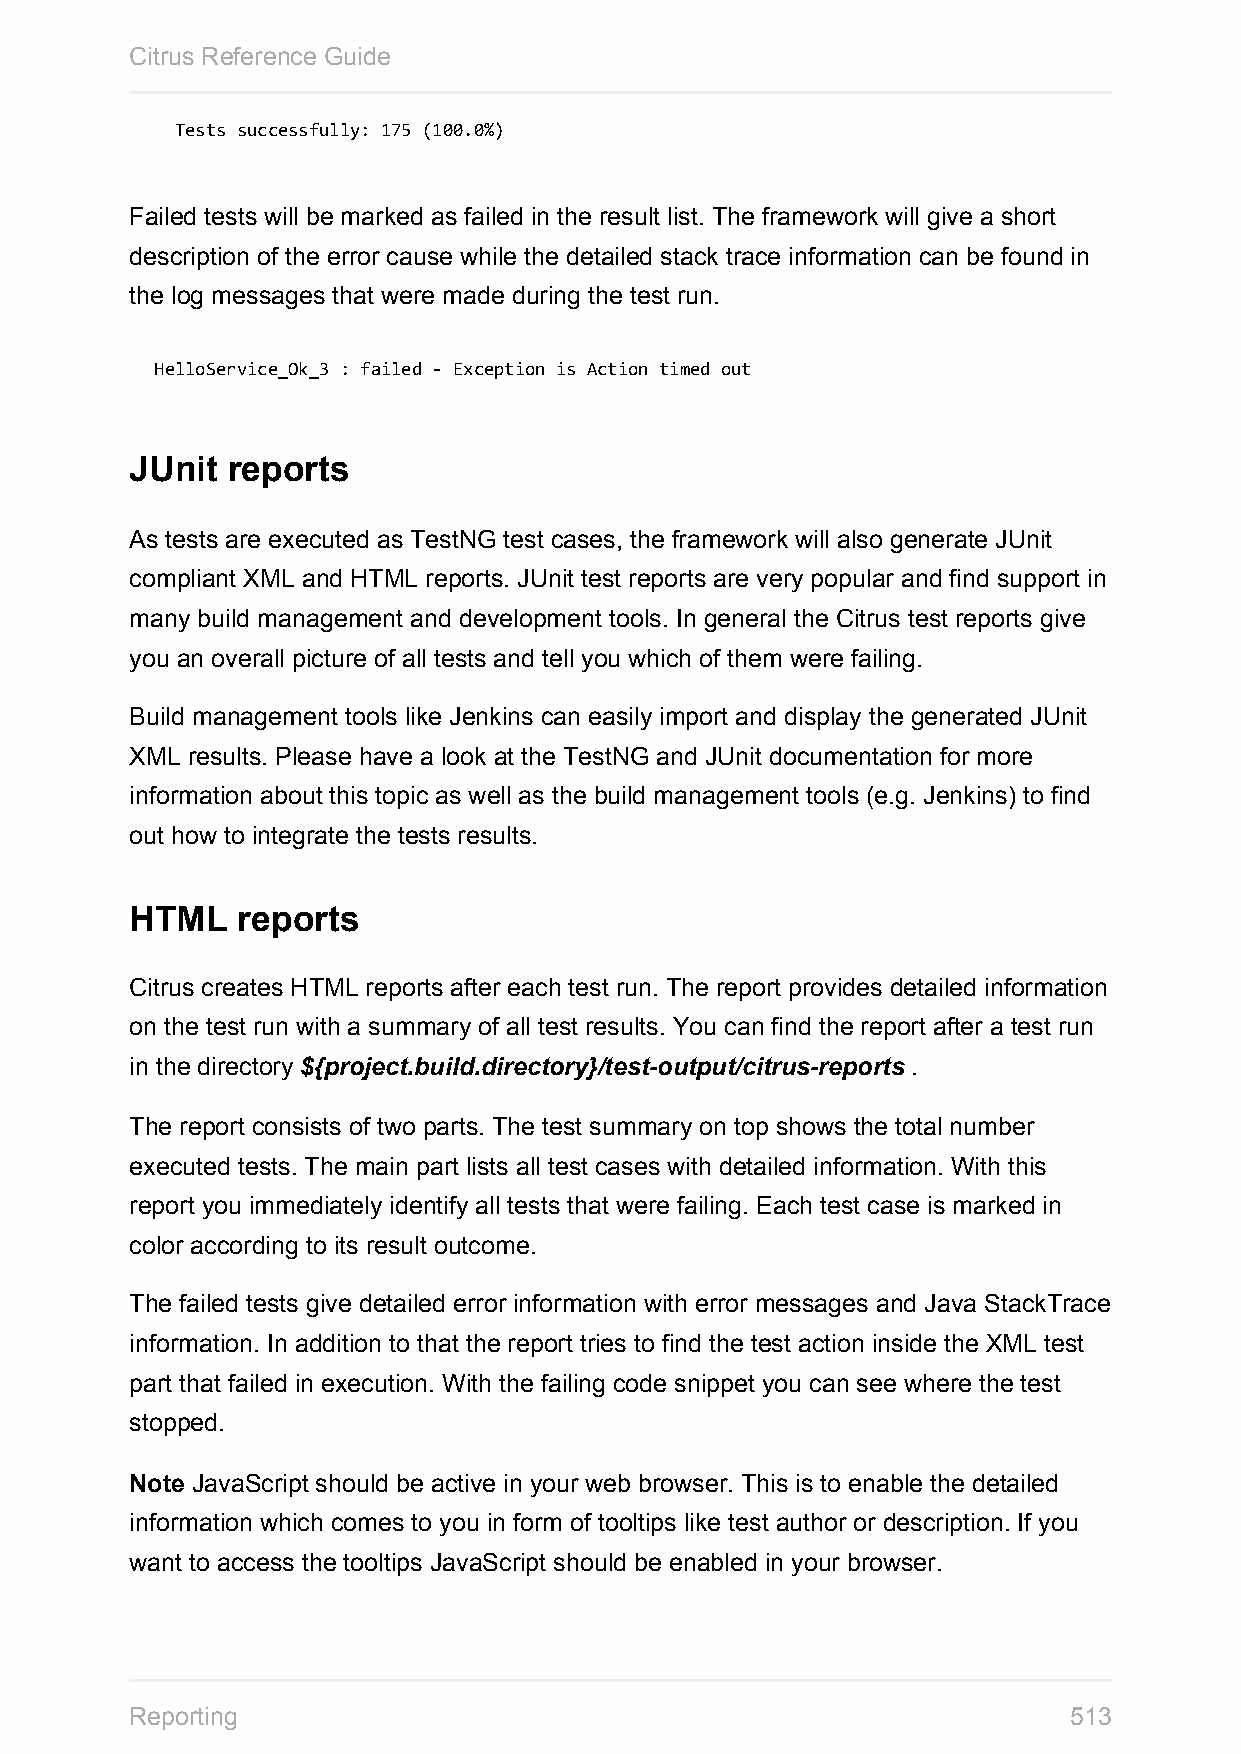
Citrus Reference Guide
 Tests successfully: 175 (100.0%)
 Failed tests will be marked as failed in the result list. The framework will give a short
 description of the error cause while the detailed stack trace information can be found in
 the log messages that were made during the test run.
 HelloService_Ok_3 : failed - Exception is Action timed out
 JUnit reports
 As tests are executed as TestNG test cases, the framework will also generate JUnit
 compliant XML and HTML reports. JUnit test reports are very popular and find support in
 many build management and development tools. In general the Citrus test reports give
 you an overall picture of all tests and tell you which of them were failing.
 Build management tools like Jenkins can easily import and display the generated JUnit
 XML results. Please have a look at the TestNG and JUnit documentation for more
 information about this topic as well as the build management tools (e.g. Jenkins) to find
 out how to integrate the tests results.
 HTML   reports
 Citrus creates HTML reports after each test run. The report provides detailed information
 on the test run with a summary of all test results. You can find the report after a test run
 in the directory ${project.build.directory}/test-output/citrus-reports .
 The report consists of two parts. The test summary on top shows the total number
 executed tests. The main part lists all test cases with detailed information. With this
 report you immediately identify all tests that were failing. Each test case is marked in
 color according to its result outcome.
 The failed tests give detailed error information with error messages and Java StackTrace
 information. In addition to that the report tries to find the test action inside the XML test
 part that failed in execution. With the failing code snippet you can see where the test
 stopped.
 Note JavaScript should be active in your web browser. This is to enable the detailed
 information which comes to you in form of tooltips like test author or description. If you
 want to access the tooltips JavaScript should be enabled in your browser.
 Reporting                                                     513